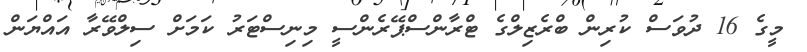
މީގެ 16 ދުވަސް ކުރިން ބްރެޒިލްގެ ޓްރާންސްޕޭރެންސީ މިނިސްޓަރު ކަމަށް ސިލްވޭރާ އައްޔަން